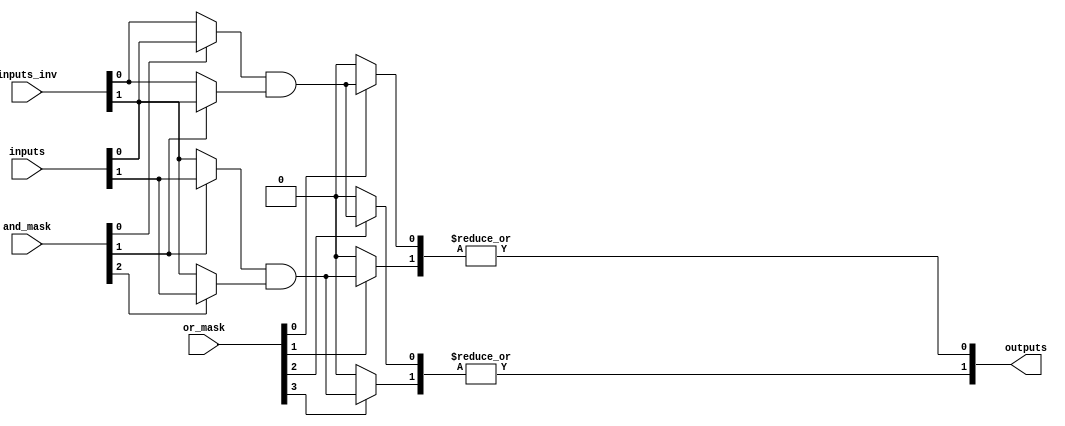
module SPAL #(parameter N = 4,          // Number of inputs
              parameter M = 2,          // Number of outputs
              parameter AND_TERMS = 4,  // Number of AND terms
              parameter OR_TERMS = 2)   // Number of OR terms
(
    input  wire [N-1:0]   inputs,          // Input signals
    input  wire [N-1:0]   inputs_inv,      // Inverted inputs
    input  wire [AND_TERMS-1:0] and_mask,   // AND mask for programmability
    input  wire [M*OR_TERMS-1:0] or_mask,   // OR mask for programmability
    output wire [M-1:0]    outputs          // Output signals
);

    // Intermediate signals for AND gate outputs
    wire [AND_TERMS-1:0] and_outputs;

    // AND Array Implementation
    genvar i, j;
    generate
        for (i = 0; i < AND_TERMS; i = i + 1) begin: and_array
            wire and_input1 = (and_mask[i]) ? inputs[i % N] : inputs_inv[i % N];
            wire and_input2 = (and_mask[i + 1]) ? inputs[i % N] : inputs_inv[i % N];
            assign and_outputs[i] = and_input1 & and_input2; // Example: AND of two signals
        end
    endgenerate

    // OR Array Implementation
    generate
        for (j = 0; j < M; j = j + 1) begin: or_array
            wire [OR_TERMS-1:0] or_inputs;

            // Connect AND outputs to OR inputs based on or_mask
            for (i = 0; i < OR_TERMS; i = i + 1) begin
                assign or_inputs[i] = (or_mask[j * OR_TERMS + i]) ? and_outputs[i] : 1'b0;
            end
            
            // OR operation to generate outputs
            assign outputs[j] = |or_inputs;
        end
    endgenerate

endmodule